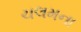
ચલમના